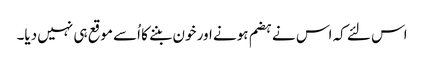
اس لئے کہ اس نے ہضم ہونے اور خون بننے کا اُسے موقع ہی نہیں دیا۔